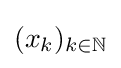
(x_{k})_{k\in \mathbb {N} }